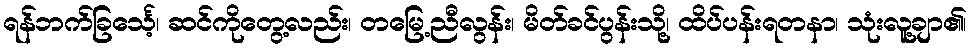
ရန်ဘက်ခြင်္သေ့၊ ဆင်ကိုတွေ့လည်း၊ တမြေ့ညီလွန်း၊ မိတ်ခင်ပွန်းသို့၊ ထိပ်ပန်းရတနာ၊ သုံးလူ့ချာ၏၊